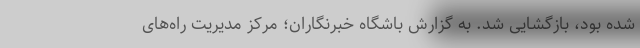
شده بود، بازگشایی شد. به گزارش باشگاه خبرنگاران؛ مرکز مدیریت راه‌های